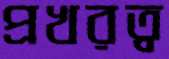
প্রখরত্ব